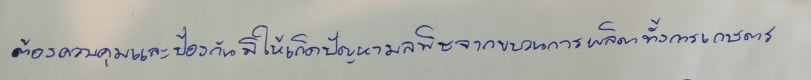
ต้องควบคุมและป้องกันมิให้เกิดปัญหามลพิษจากขบวนการผลิตทั้งการเกษตร